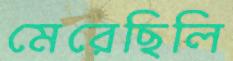
মেরেছিলি